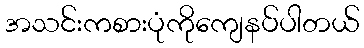
အသင်းကစားပုံကိုကျေနပ်ပါတယ်